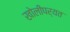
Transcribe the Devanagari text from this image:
खोलीपर्यत